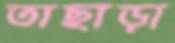
তাছাড়া